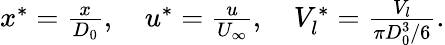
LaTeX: \begin{array}{r}{x^{*}=\frac{x}{D_{0}},\quad u^{*}=\frac{u}{U_{\infty}},\quad V_{l}^{*}=\frac{V_{l}}{\pi D_{0}^{3}/6}.}\end{array}